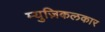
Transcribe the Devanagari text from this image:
म्युज़िकलकार